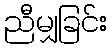
ညီမျှခြင်း